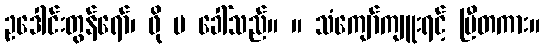
ဥဒေါင်းတွန်ရော်၊ ဖို မ ခေါ်သည်။ ။ သံကျော်ကျူးရင့် ပြီတကား။